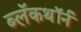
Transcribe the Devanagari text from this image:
ब्लॅकथॉर्न